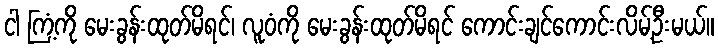
ငါ ကြံ့ကို မေးခွန်းထုတ်မိရင်၊ လူဝံကို မေးခွန်းထုတ်မိရင် ကောင်းချင်ကောင်းလိမ့်ဦးမယ်။